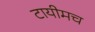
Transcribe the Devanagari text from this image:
टायीमच